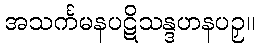
အသင်္ကမနပဋိသန္ဒဟနပဉှ။